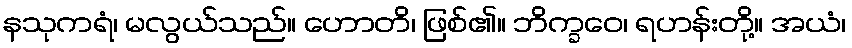
နသုကရံ၊ မလွယ်သည်။ ဟောတိ၊ ဖြစ်၏။ ဘိက္ခဝေ၊ ရဟန်းတို့။ အယံ၊